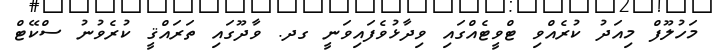
މަހުލޫފް މިއަދު ކުރެއްވި ޓްވީޓެއްގައި ވިދާޅުވެފައިވަނީ ގދ. ވާދޫގައި ތަރައްޤީ ކުރެވުނު ސްކޭޓް